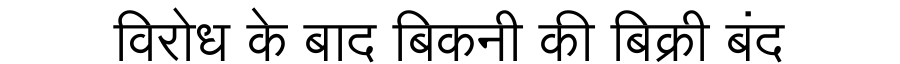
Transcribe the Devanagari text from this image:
विरोध के बाद बिकनी की बिक्री बंद